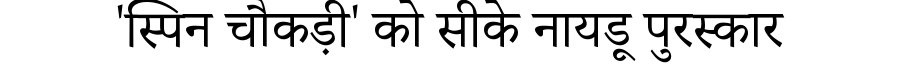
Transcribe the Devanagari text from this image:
'स्पिन चौकड़ी' को सीके नायडू पुरस्कार